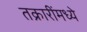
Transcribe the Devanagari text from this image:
तक्रारींमध्ये